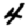
Digit: 4